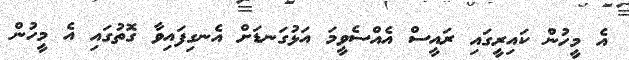
އެ މީހުން ކައިރީގައި ރައީސް އެއްސެވީމަ އަޅުގަނޑަށް އެނގިފައިވާ ގޮތުގައި އެ މީހުން